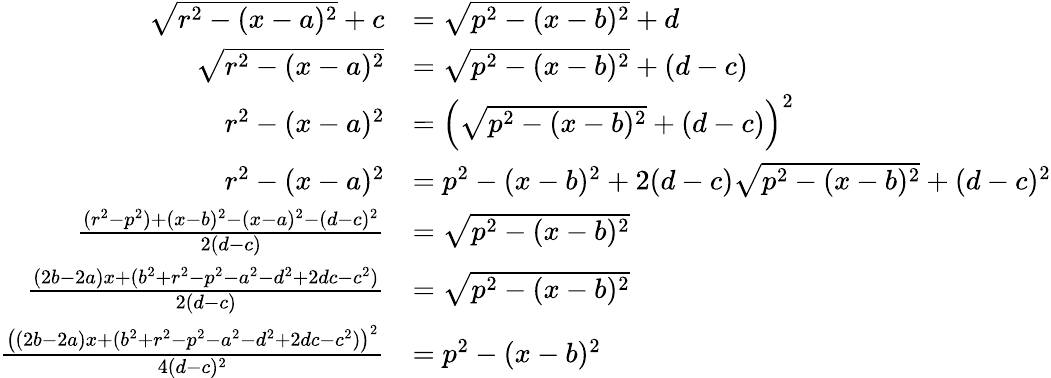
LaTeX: \begin{array}{rl}{\sqrt{r^{2}-(x-a)^{2}}+c}&{=\sqrt{p^{2}-(x-b)^{2}}+d}\\ {\sqrt{r^{2}-(x-a)^{2}}}&{=\sqrt{p^{2}-(x-b)^{2}}+(d-c)}\\ {r^{2}-(x-a)^{2}}&{=\left(\sqrt{p^{2}-(x-b)^{2}}+(d-c)\right)^{2}}\\ {r^{2}-(x-a)^{2}}&{=p^{2}-(x-b)^{2}+2(d-c)\sqrt{p^{2}-(x-b)^{2}}+(d-c)^{2}}\\ {\frac{(r^{2}-p^{2})+(x-b)^{2}-(x-a)^{2}-(d-c)^{2}}{2(d-c)}}&{=\sqrt{p^{2}-(x-b)^{2}}}\\ {\frac{(2b-2a)x+(b^{2}+r^{2}-p^{2}-a^{2}-d^{2}+2dc-c^{2})}{2(d-c)}}&{=\sqrt{p^{2}-(x-b)^{2}}}\\ {\frac{\left((2b-2a)x+(b^{2}+r^{2}-p^{2}-a^{2}-d^{2}+2dc-c^{2})\right)^{2}}{4(d-c)^{2}}}&{=p^{2}-(x-b)^{2}}\end{array}